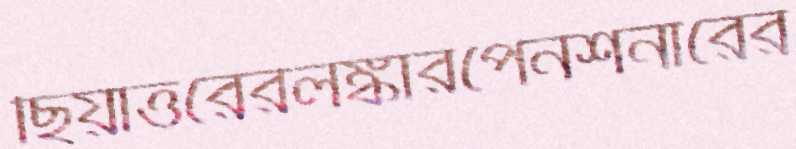
ছিয়াত্তরেরলঙ্কারপেনশনারের